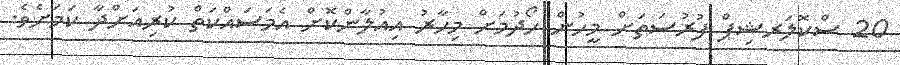
20 ސްކޮލަރޝިޕް ފުރުސަތަށް މީހުން ހޯދުމަށް މިހާރު އިއުލާންކޮށް އެމަސައްކަތް ކުރިއަށްދާ ކަމަށެވެ.